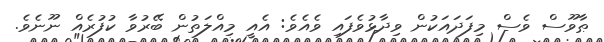
ޠާވޫސް ވެސް މިފަދައަކުން ވިދާޅުވެފައި ވެއެވެ: އެއީ މިއްލަތުން ބޭރުވާ ކުފުރެއް ނޫނެވެ.